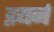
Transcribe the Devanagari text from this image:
इयर्न